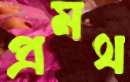
প্রমথ